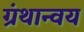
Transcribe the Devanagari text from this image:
ग्रंथान्वय